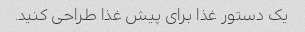
یک دستور غذا برای پیش غذا طراحی کنید.